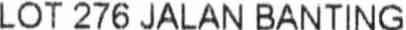
LOT 276 JALAN BANTING